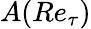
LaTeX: A(Re_{\tau})